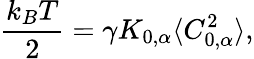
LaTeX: \frac{k_{B}T}{2}=\gamma K_{0,\alpha}\langle C_{0,\alpha}^{2}\rangle,